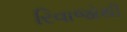
રિવાજોથી